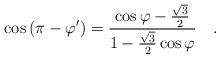
LaTeX: \begin{align*}\cos{(\pi-\varphi')}=\frac{\cos{\varphi}-\frac{\sqrt{3}}{2}}{1-\frac{\sqrt{3}}{2}\cos{\varphi}} ~~~.\end{align*}